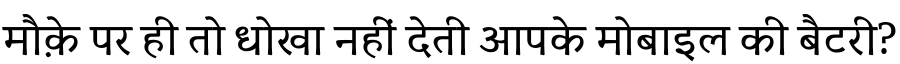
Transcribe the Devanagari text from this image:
मौक़े पर ही तो धोखा नहीं देती आपके मोबाइल की बैटरी?